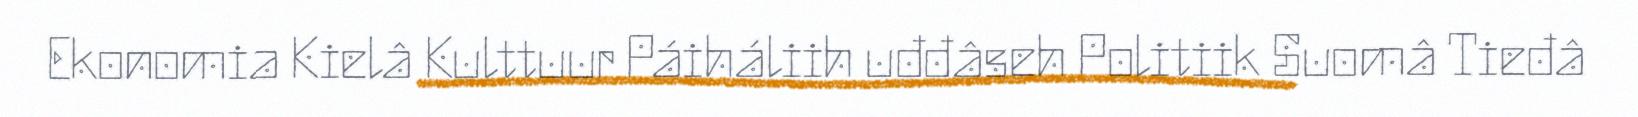
Ekonomia Kielâ Kulttuur Páiháliih uđđâseh Politiik Suomâ Tieđâ